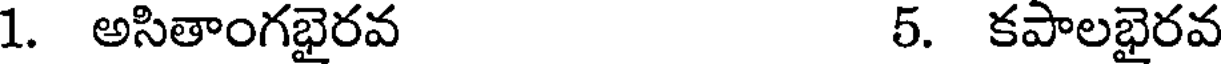
1. అసితాంగభైరవ 5. కపాలభైరవ